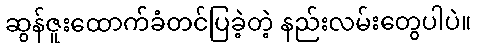
ဆွန်ဇူးထောက်ခံတင်ပြခဲ့တဲ့ နည်းလမ်းတွေပါပဲ။